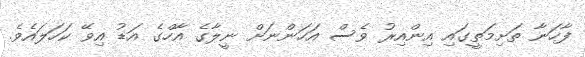
ފާހަނާ ތަށިމަތީގައި އިންއިރު ވެސް އަހަންނަށް ނީލާގެ އާހްގެ އަޑު އިވޭ ކަހަލައެވެ.